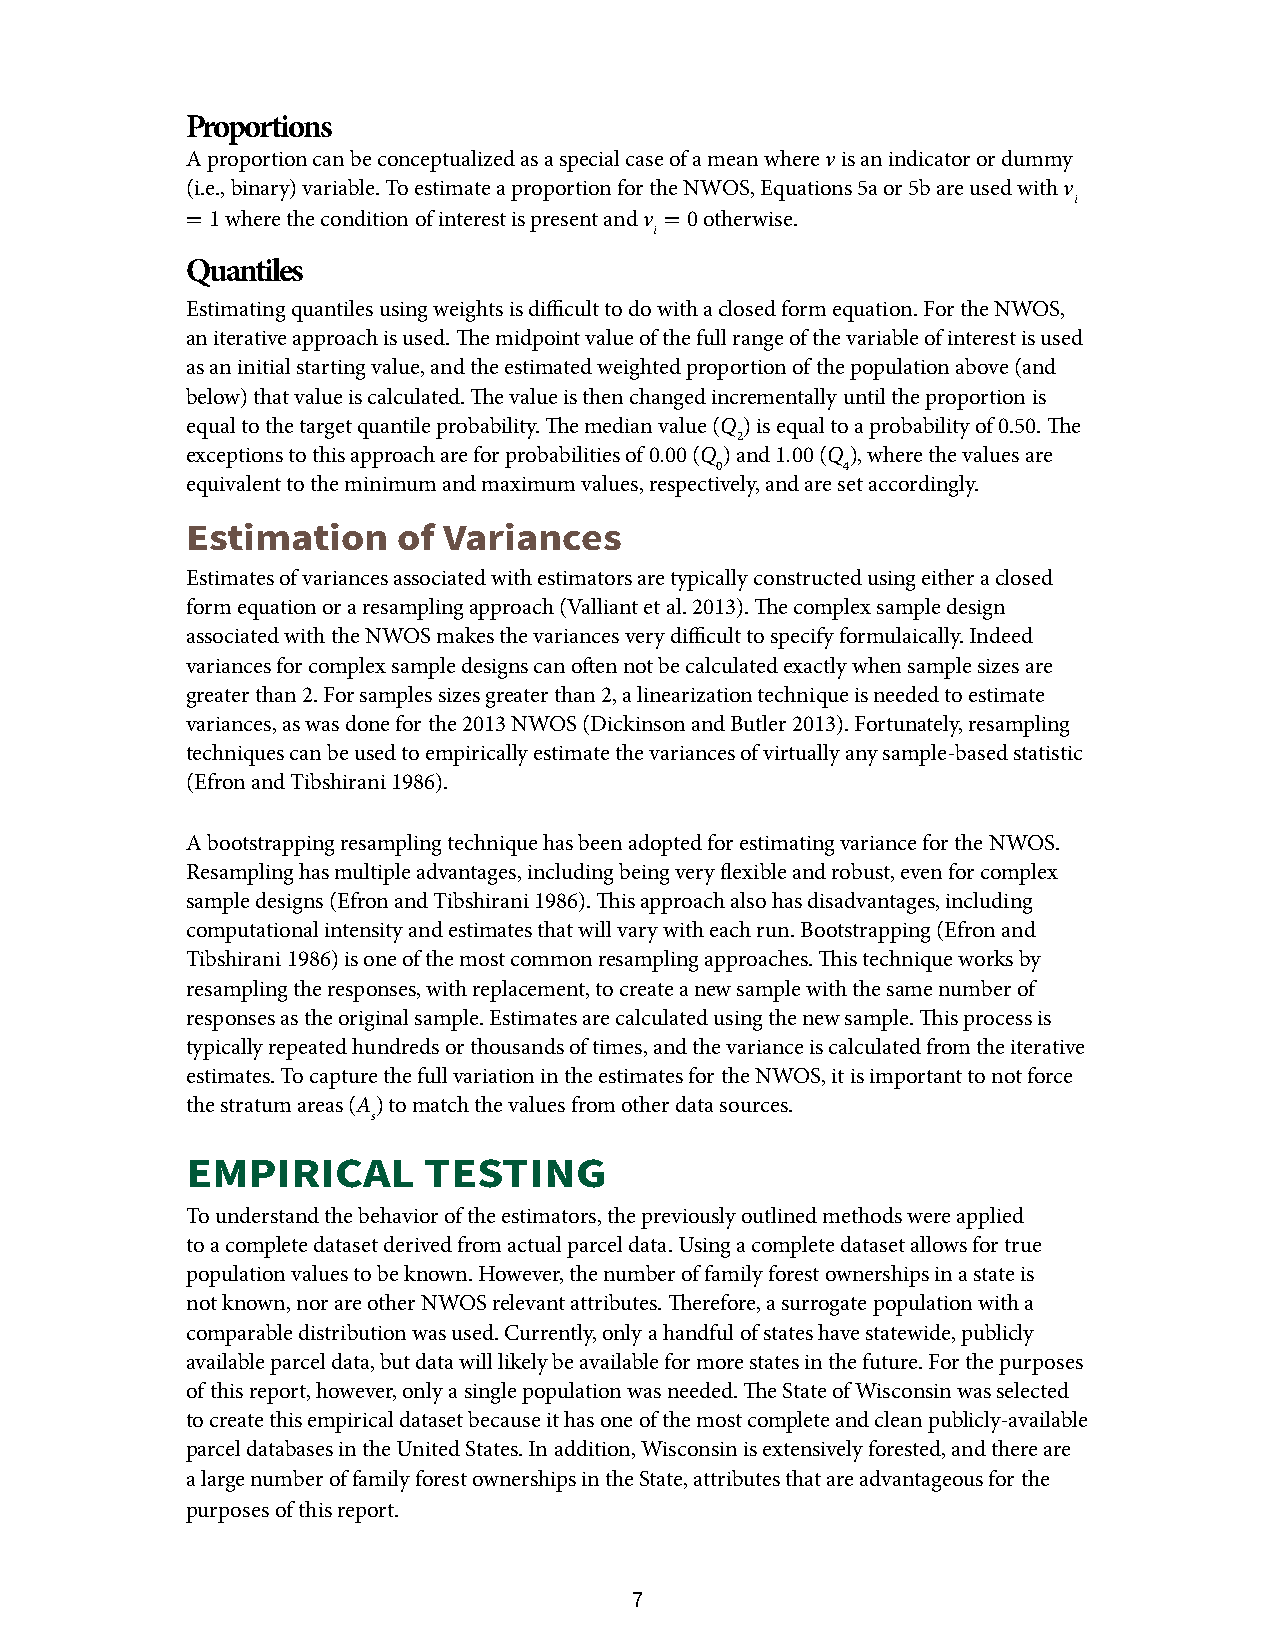
Proportions
 A proportion can be conceptualized as a special case of a mean where v is an indicator or dummy
 (i.e., binary) variable. To estimate a proportion for the NWOS, Equations 5a or 5b are used with v
 i
 = 1 where the condition of interest is present and v = 0 otherwise.
 i
 Quantiles
 Estimating quantiles using weights is difficult to do with a closed form equation. For the NWOS,
 an iterative approach is used. The midpoint value of the full range of the variable of interest is used
 as an initial starting value, and the estimated weighted proportion of the population above (and
 below) that value is calculated. The value is then changed incrementally until the proportion is
 equal to the target quantile probability. The median value (Q ) is equal to a probability of 0.50. The
 2
 exceptions to this approach are for probabilities of 0.00 (Q ) and 1.00 (Q ), where the values are
 0        4
 equivalent to the minimum and maximum values, respectively, and are set accordingly.
 Estimation    of Variances
 Estimates of variances associated with estimators are typically constructed using either a closed
 form equation or a resampling approach (Valliant et al. 2013). The complex sample design
 associated with the NWOS makes the variances very difficult to specify formulaically. Indeed
 variances for complex sample designs can often not be calculated exactly when sample sizes are
 greater than 2. For samples sizes greater than 2, a linearization technique is needed to estimate
 variances, as was done for the 2013 NWOS (Dickinson and Butler 2013). Fortunately, resampling
 techniques can be used to empirically estimate the variances of virtually any sample-based statistic
 (Efron and Tibshirani 1986).
 A bootstrapping resampling technique has been adopted for estimating variance for the NWOS.
 Resampling has multiple advantages, including being very flexible and robust, even for complex
 sample designs (Efron and Tibshirani 1986). This approach also has disadvantages, including
 computational intensity and estimates that will vary with each run. Bootstrapping (Efron and
 Tibshirani 1986) is one of the most common resampling approaches. This technique works by
 resampling the responses, with replacement, to create a new sample with the same number of
 responses as the original sample. Estimates are calculated using the new sample. This process is
 typically repeated hundreds or thousands of times, and the variance is calculated from the iterative
 estimates. To capture the full variation in the estimates for the NWOS, it is important to not force
 the stratum areas (A) to match the values from other data sources.
 s
 EMPIRICAL       TESTING
 To understand the behavior of the estimators, the previously outlined methods were applied
 to a complete dataset derived from actual parcel data. Using a complete dataset allows for true
 population values to be known. However, the number of family forest ownerships in a state is
 not known, nor are other NWOS relevant attributes. Therefore, a surrogate population with a
 comparable distribution was used. Currently, only a handful of states have statewide, publicly
 available parcel data, but data will likely be available for more states in the future. For the purposes
 of this report, however, only a single population was needed. The State of Wisconsin was selected
 to create this empirical dataset because it has one of the most complete and clean publicly-available
 parcel databases in the United States. In addition, Wisconsin is extensively forested, and there are
 a large number of family forest ownerships in the State, attributes that are advantageous for the
 purposes of this report.
 7